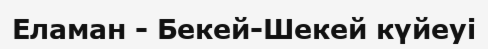
Еламан - Бекей-Шекей күйеуі